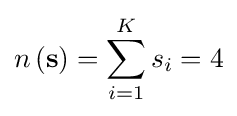
n\left(\mathbf {s} \right)=\sum _{i=1}^{K}s_{i}=4